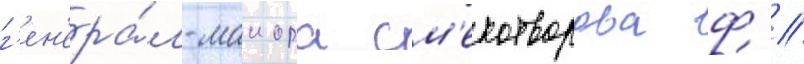
г'ен'ера́л-маиора см'ехотворова ф //